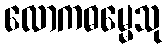
လောကဓမ္မေသု